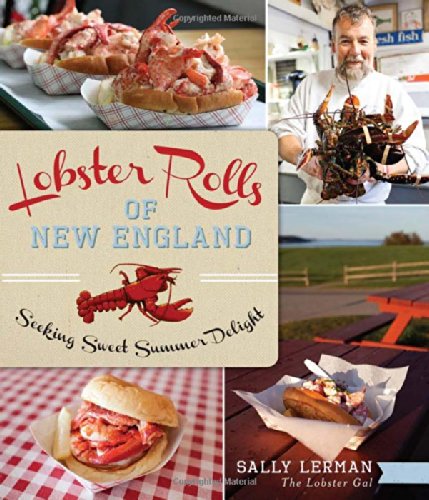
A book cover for Lobster Rolls of New England:: Seeking Sweet Summer Delight (American Palate); Sally Lerman; Cookbooks, Food & Wine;